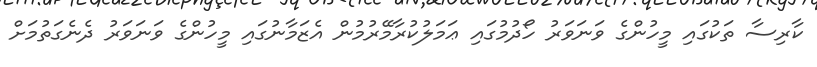
ކާރިސާ ތަކުގައި މީހުންގެ ވަނަވަރު ހޯދުމުގައި ޢަމަލުކުރާމޭރުމުން އެޒަމާނުގައި މީހުންގެ ވަނަވަރު ދެނެގަތުމަށް